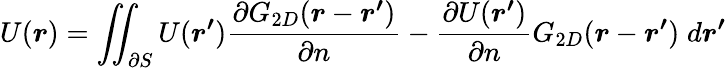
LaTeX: U(\boldsymbol{r})=\iint_{\partial S}U(\boldsymbol{r^{\prime}})\frac{\partial G_{2D}(\boldsymbol{r}-\boldsymbol{r^{\prime}})}{\partial n}-\frac{\partial U(\boldsymbol{r^{\prime}})}{\partial n}G_{2D}(\boldsymbol{r}-\boldsymbol{r^{\prime}})\; d\boldsymbol{r^{\prime}}